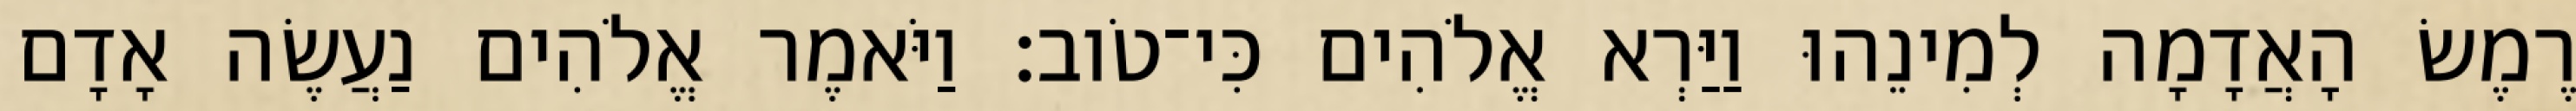
רֶמֶשׂ הָאֲדָמָה לְמִינֵהוּ וַיַּרְא אֱלֹהִים כִּי־טֹוב׃ וַיֹּאמֶר אֱלֹהִים נַעֲשֶׂה אָדָם